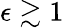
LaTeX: \epsilon\gtrsim 1